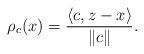
LaTeX: \begin{align*}\rho_c(x)=\frac{\left\langle c,z-x\right\rangle}{\|c\|}.\end{align*}